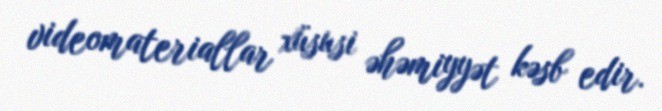
videomateriallar xüsusi əhəmiyyət kəsb edir.